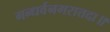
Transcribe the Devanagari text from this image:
गन्धर्वनगरात्तदा॥